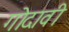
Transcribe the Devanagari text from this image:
गोदावी